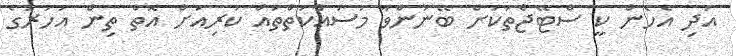
އަދި އެހެން ކީ ސްޓޭޖްތަކަށް ބޭނުންވާ މަަސައްކަތްތައް ކުރިއަށް އޮތް ތިން އަހަރުގެ